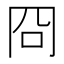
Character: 冏